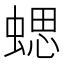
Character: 𧍤